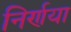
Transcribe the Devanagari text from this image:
निर्णया